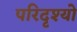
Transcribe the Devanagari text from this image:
परिदृश्‍यो